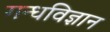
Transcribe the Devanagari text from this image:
गन्धविज्ञान